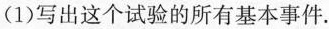
(1)写出这个试验的所有基本事件.